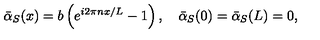
{ \bar { \alpha } } _ { S } ( x ) = b \left( e ^ { i 2 \pi n x / L } - 1 \right) , \quad { \bar { \alpha } } _ { S } ( 0 ) = { \bar { \alpha } } _ { S } ( L ) = 0 ,